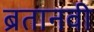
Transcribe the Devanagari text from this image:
ब्रतानवी